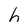
Character: h